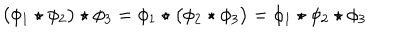
\bigl ( \phi _ { 1 } \star \phi _ { 2 } \bigr ) \star \phi _ { 3 } = \phi _ { 1 } \star \bigl ( \phi _ { 2 } \star \phi _ { 3 } \bigr ) = \phi _ { 1 } \star \phi _ { 2 } \star \phi _ { 3 }